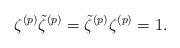
LaTeX: \begin{align*}\zeta^{(p)} \tilde{\zeta}^{(p)} = \tilde{\zeta}^{(p)} \zeta^{(p)} = 1.\end{align*}